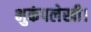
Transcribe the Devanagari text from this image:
भुकंपलेखी।